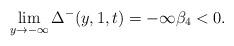
LaTeX: \begin{align*} \lim_{y\to -\infty} \Delta^-( y,1,t) =-\infty \beta_4<0.\end{align*}